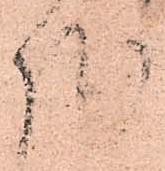
哉